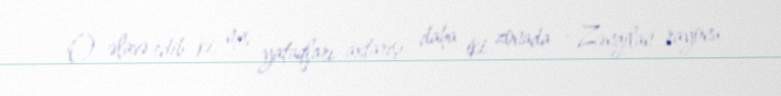
O əlavə edib ki, mis yataqları axtarışı daha iki zonada - Zəngilan rayonu